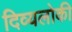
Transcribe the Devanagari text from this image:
दिव्यलोकी